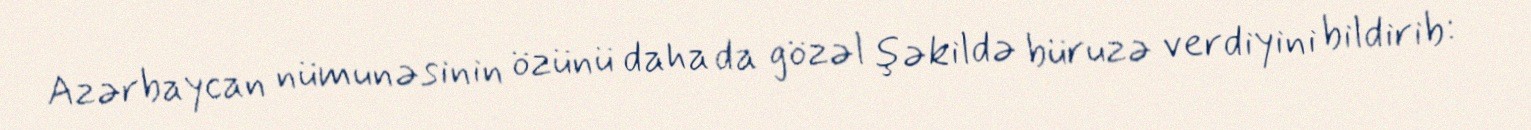
Azərbaycan nümunəsinin özünü daha da gözəl şəkildə büruzə verdiyini bildirib: